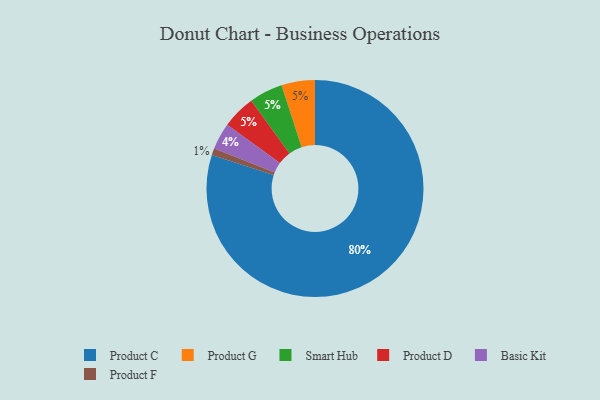
{"axis": {"x": "Category", "y": "Percentage"}, "legend": ["Basic Kit", "Product C", "Product D", "Product F", "Product G", "Smart Hub"], "data": [{"x": "Product F", "y": 1, "type": "Product F"}, {"x": "Product C", "y": 80, "type": "Product C"}, {"x": "Product G", "y": 5, "type": "Product G"}, {"x": "Basic Kit", "y": 4, "type": "Basic Kit"}, {"x": "Smart Hub", "y": 5, "type": "Smart Hub"}, {"x": "Product D", "y": 5, "type": "Product D"}]}